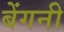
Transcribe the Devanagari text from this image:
बेंगनी